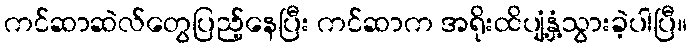
ကင်ဆာဆဲလ်တွေပြည့်နေပြီး ကင်ဆာက အရိုးထိပျံ့နှံ့သွားခဲ့ပါပြီ။